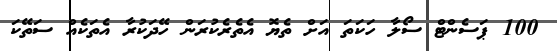
100 ޕަސެންޓް ސޯލާ ހަކަތަ އަށް ތެޔޮ އެތެރެކުރަން ހޭދަކުރާ އެތަކެއް ސަތޭކަ